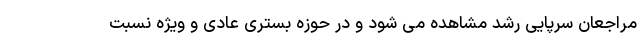
مراجعان سرپایی رشد مشاهده می شود و در حوزه بستری عادی و ویژه نسبت